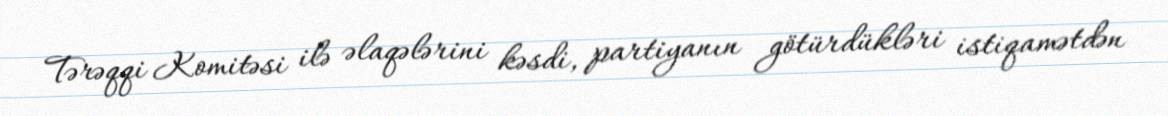
Tərəqqi Komitəsi ilə əlaqələrini kəsdi, partiyanın götürdükləri istiqamətdən